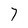
Character: 7